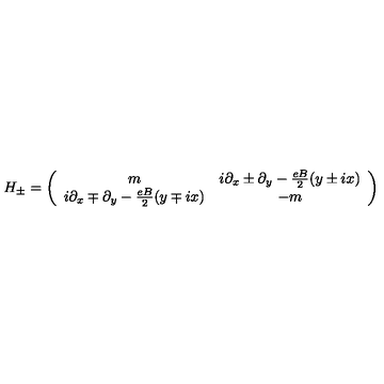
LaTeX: H _ { \pm } = \left( \begin{array} { c c } { m } & { i \partial _ { x } \pm \partial _ { y } - \frac { e B } { 2 } ( y \pm i x ) } \\ { i \partial _ { x } \mp \partial _ { y } - \frac { e B } { 2 } ( y \mp i x ) } & { - m } \\ \end{array} \right)